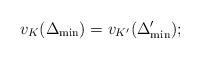
LaTeX: \begin{align*}v_K (\Delta_{\min}) = v_{K'} (\Delta'_{\min});\end{align*}